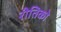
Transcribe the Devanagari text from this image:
रीतिको